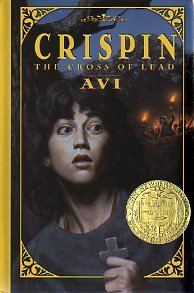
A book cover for Crispin: The Cross Of Lead; Avi; Sports & Outdoors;